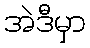
အဲဒီမှာ